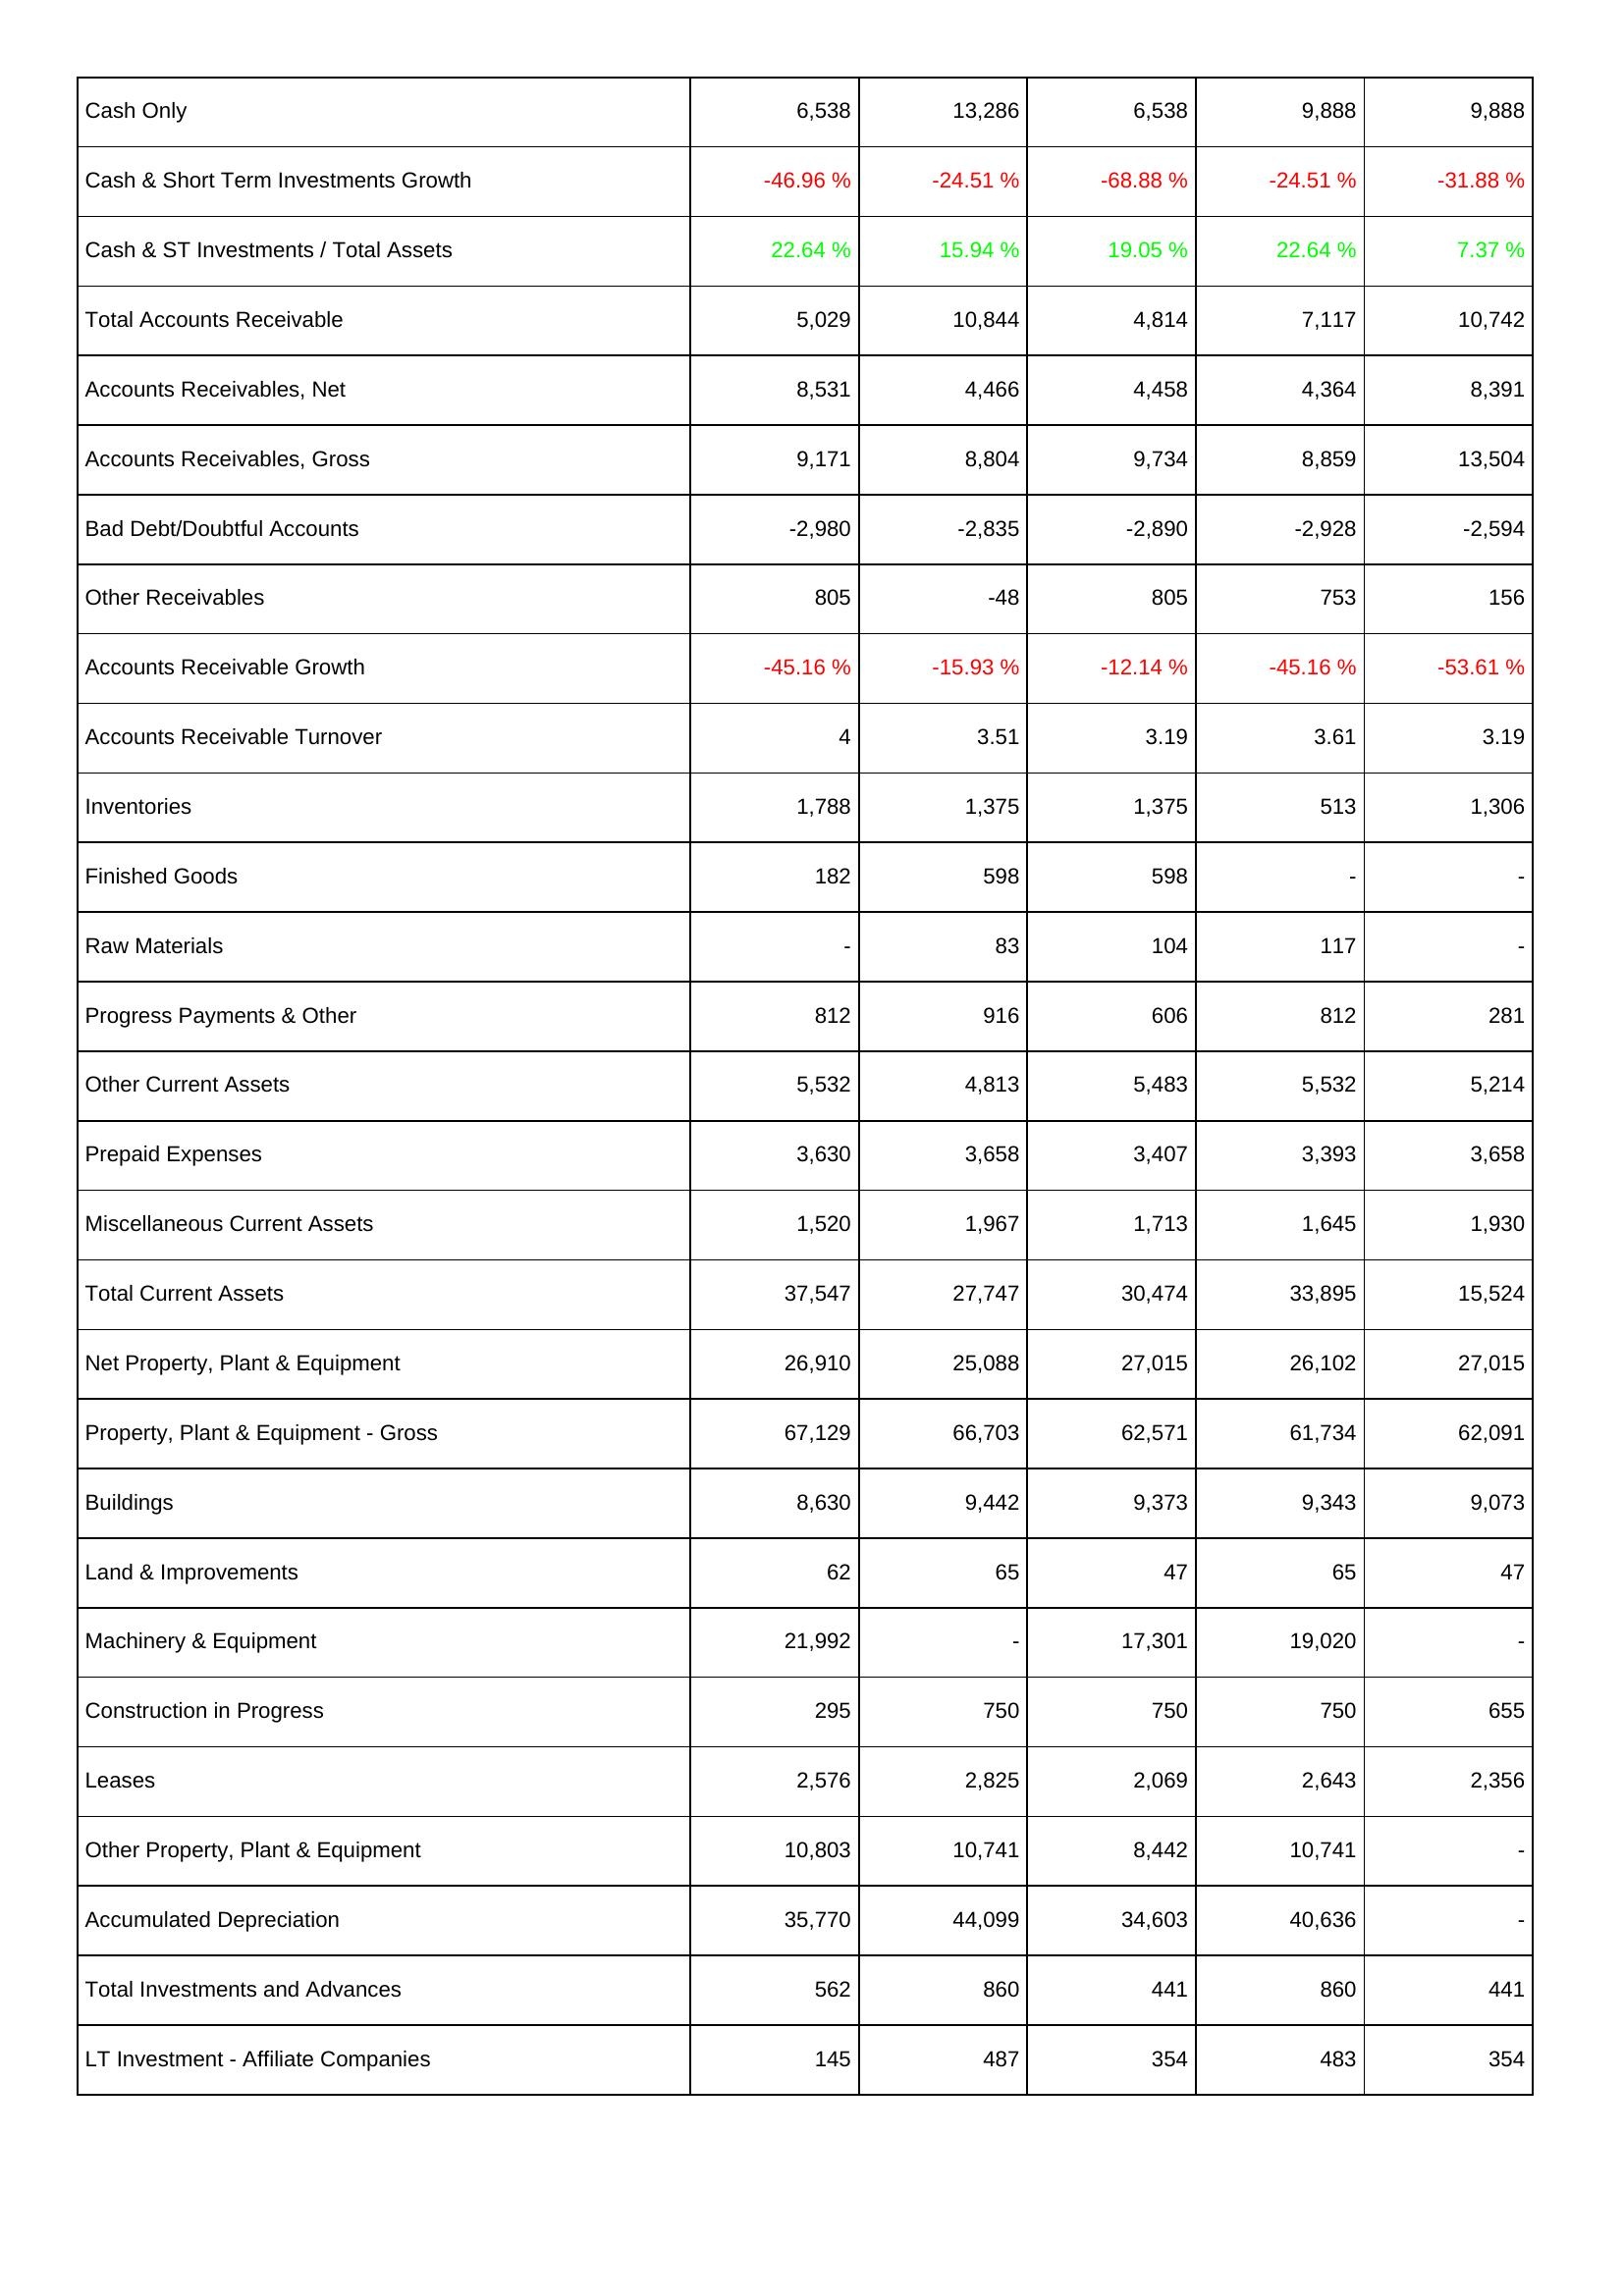
2020: Assets: Cash Only: 6,538
Cash & Short Term Investments Growth: -46.96 %
Cash & ST Investments / Total Assets: 22.64 %
Total Accounts Receivable: 5,029
Accounts Receivables, Net: 8,531
Accounts Receivables, Gross: 9,171
Bad Debt/Doubtful Accounts: -2,980
Other Receivables: 805
Accounts Receivable Growth: -45.16 %
Accounts Receivable Turnover: 4
Inventories: 1,788
Finished Goods: 182
Raw Materials: -
Progress Payments & Other: 812
Other Current Assets: 5,532
Prepaid Expenses: 3,630
Miscellaneous Current Assets: 1,520
Total Current Assets: 37,547
Net Property, Plant & Equipment: 26,910
Property, Plant & Equipment - Gross: 67,129
Buildings: 8,630
Land & Improvements: 62
Machinery & Equipment: 21,992
Construction in Progress: 295
Leases: 2,576
Other Property, Plant & Equipment: 10,803
Accumulated Depreciation: 35,770
Total Investments and Advances: 562
LT Investment - Affiliate Companies: 145
2021: Assets: Cash Only: 13,286
Cash & Short Term Investments Growth: -24.51 %
Cash & ST Investments / Total Assets: 15.94 %
Total Accounts Receivable: 10,844
Accounts Receivables, Net: 4,466
Accounts Receivables, Gross: 8,804
Bad Debt/Doubtful Accounts: -2,835
Other Receivables: -48
Accounts Receivable Growth: -15.93 %
Accounts Receivable Turnover: 3.51
Inventories: 1,375
Finished Goods: 598
Raw Materials: 83
Progress Payments & Other: 916
Other Current Assets: 4,813
Prepaid Expenses: 3,658
Miscellaneous Current Assets: 1,967
Total Current Assets: 27,747
Net Property, Plant & Equipment: 25,088
Property, Plant & Equipment - Gross: 66,703
Buildings: 9,442
Land & Improvements: 65
Machinery & Equipment: -
Construction in Progress: 750
Leases: 2,825
Other Property, Plant & Equipment: 10,741
Accumulated Depreciation: 44,099
Total Investments and Advances: 860
LT Investment - Affiliate Companies: 487
2022: Assets: Cash Only: 6,538
Cash & Short Term Investments Growth: -68.88 %
Cash & ST Investments / Total Assets: 19.05 %
Total Accounts Receivable: 4,814
Accounts Receivables, Net: 4,458
Accounts Receivables, Gross: 9,734
Bad Debt/Doubtful Accounts: -2,890
Other Receivables: 805
Accounts Receivable Growth: -12.14 %
Accounts Receivable Turnover: 3.19
Inventories: 1,375
Finished Goods: 598
Raw Materials: 104
Progress Payments & Other: 606
Other Current Assets: 5,483
Prepaid Expenses: 3,407
Miscellaneous Current Assets: 1,713
Total Current Assets: 30,474
Net Property, Plant & Equipment: 27,015
Property, Plant & Equipment - Gross: 62,571
Buildings: 9,373
Land & Improvements: 47
Machinery & Equipment: 17,301
Construction in Progress: 750
Leases: 2,069
Other Property, Plant & Equipment: 8,442
Accumulated Depreciation: 34,603
Total Investments and Advances: 441
LT Investment - Affiliate Companies: 354
2023: Assets: Cash Only: 9,888
Cash & Short Term Investments Growth: -24.51 %
Cash & ST Investments / Total Assets: 22.64 %
Total Accounts Receivable: 7,117
Accounts Receivables, Net: 4,364
Accounts Receivables, Gross: 8,859
Bad Debt/Doubtful Accounts: -2,928
Other Receivables: 753
Accounts Receivable Growth: -45.16 %
Accounts Receivable Turnover: 3.61
Inventories: 513
Finished Goods: -
Raw Materials: 117
Progress Payments & Other: 812
Other Current Assets: 5,532
Prepaid Expenses: 3,393
Miscellaneous Current Assets: 1,645
Total Current Assets: 33,895
Net Property, Plant & Equipment: 26,102
Property, Plant & Equipment - Gross: 61,734
Buildings: 9,343
Land & Improvements: 65
Machinery & Equipment: 19,020
Construction in Progress: 750
Leases: 2,643
Other Property, Plant & Equipment: 10,741
Accumulated Depreciation: 40,636
Total Investments and Advances: 860
LT Investment - Affiliate Companies: 483
2024: Assets: Cash Only: 9,888
Cash & Short Term Investments Growth: -31.88 %
Cash & ST Investments / Total Assets: 7.37 %
Total Accounts Receivable: 10,742
Accounts Receivables, Net: 8,391
Accounts Receivables, Gross: 13,504
Bad Debt/Doubtful Accounts: -2,594
Other Receivables: 156
Accounts Receivable Growth: -53.61 %
Accounts Receivable Turnover: 3.19
Inventories: 1,306
Finished Goods: -
Raw Materials: -
Progress Payments & Other: 281
Other Current Assets: 5,214
Prepaid Expenses: 3,658
Miscellaneous Current Assets: 1,930
Total Current Assets: 15,524
Net Property, Plant & Equipment: 27,015
Property, Plant & Equipment - Gross: 62,091
Buildings: 9,073
Land & Improvements: 47
Machinery & Equipment: -
Construction in Progress: 655
Leases: 2,356
Other Property, Plant & Equipment: -
Accumulated Depreciation: -
Total Investments and Advances: 441
LT Investment - Affiliate Companies: 354